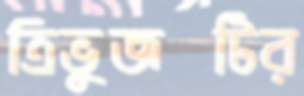
ত্রিভুজটির